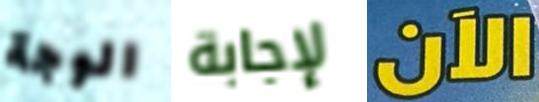
الوجة لإجابة الآن